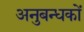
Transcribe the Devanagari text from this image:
अनुबन्धकों